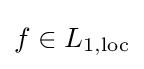
f\in L_{1,{\text{loc}}}